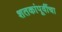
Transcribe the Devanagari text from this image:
शतकांपूर्वीचा